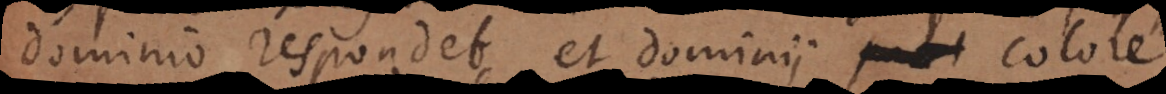
dominio respondet, et dominii colore